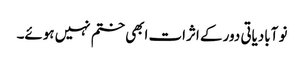
نو آبادیاتی دور کے اثرات ابھی ختم نہیں ہوئے۔